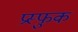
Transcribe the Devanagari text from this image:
प्रस्फुक